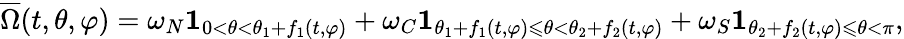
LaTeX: \overline{{\Omega}}(t,\theta,\varphi)=\omega_{N}\mathbf{1}_{0<\theta<\theta_{1}+f_{1}(t,\varphi)}+\omega_{C}\mathbf{1}_{\theta_{1}+f_{1}(t,\varphi)\leqslant\theta<\theta_{2}+f_{2}(t,\varphi)}+\omega_{S}\mathbf{1}_{\theta_{2}+f_{2}(t,\varphi)\leqslant\theta<\pi},